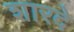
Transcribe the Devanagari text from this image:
शारदे